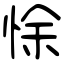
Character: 悇